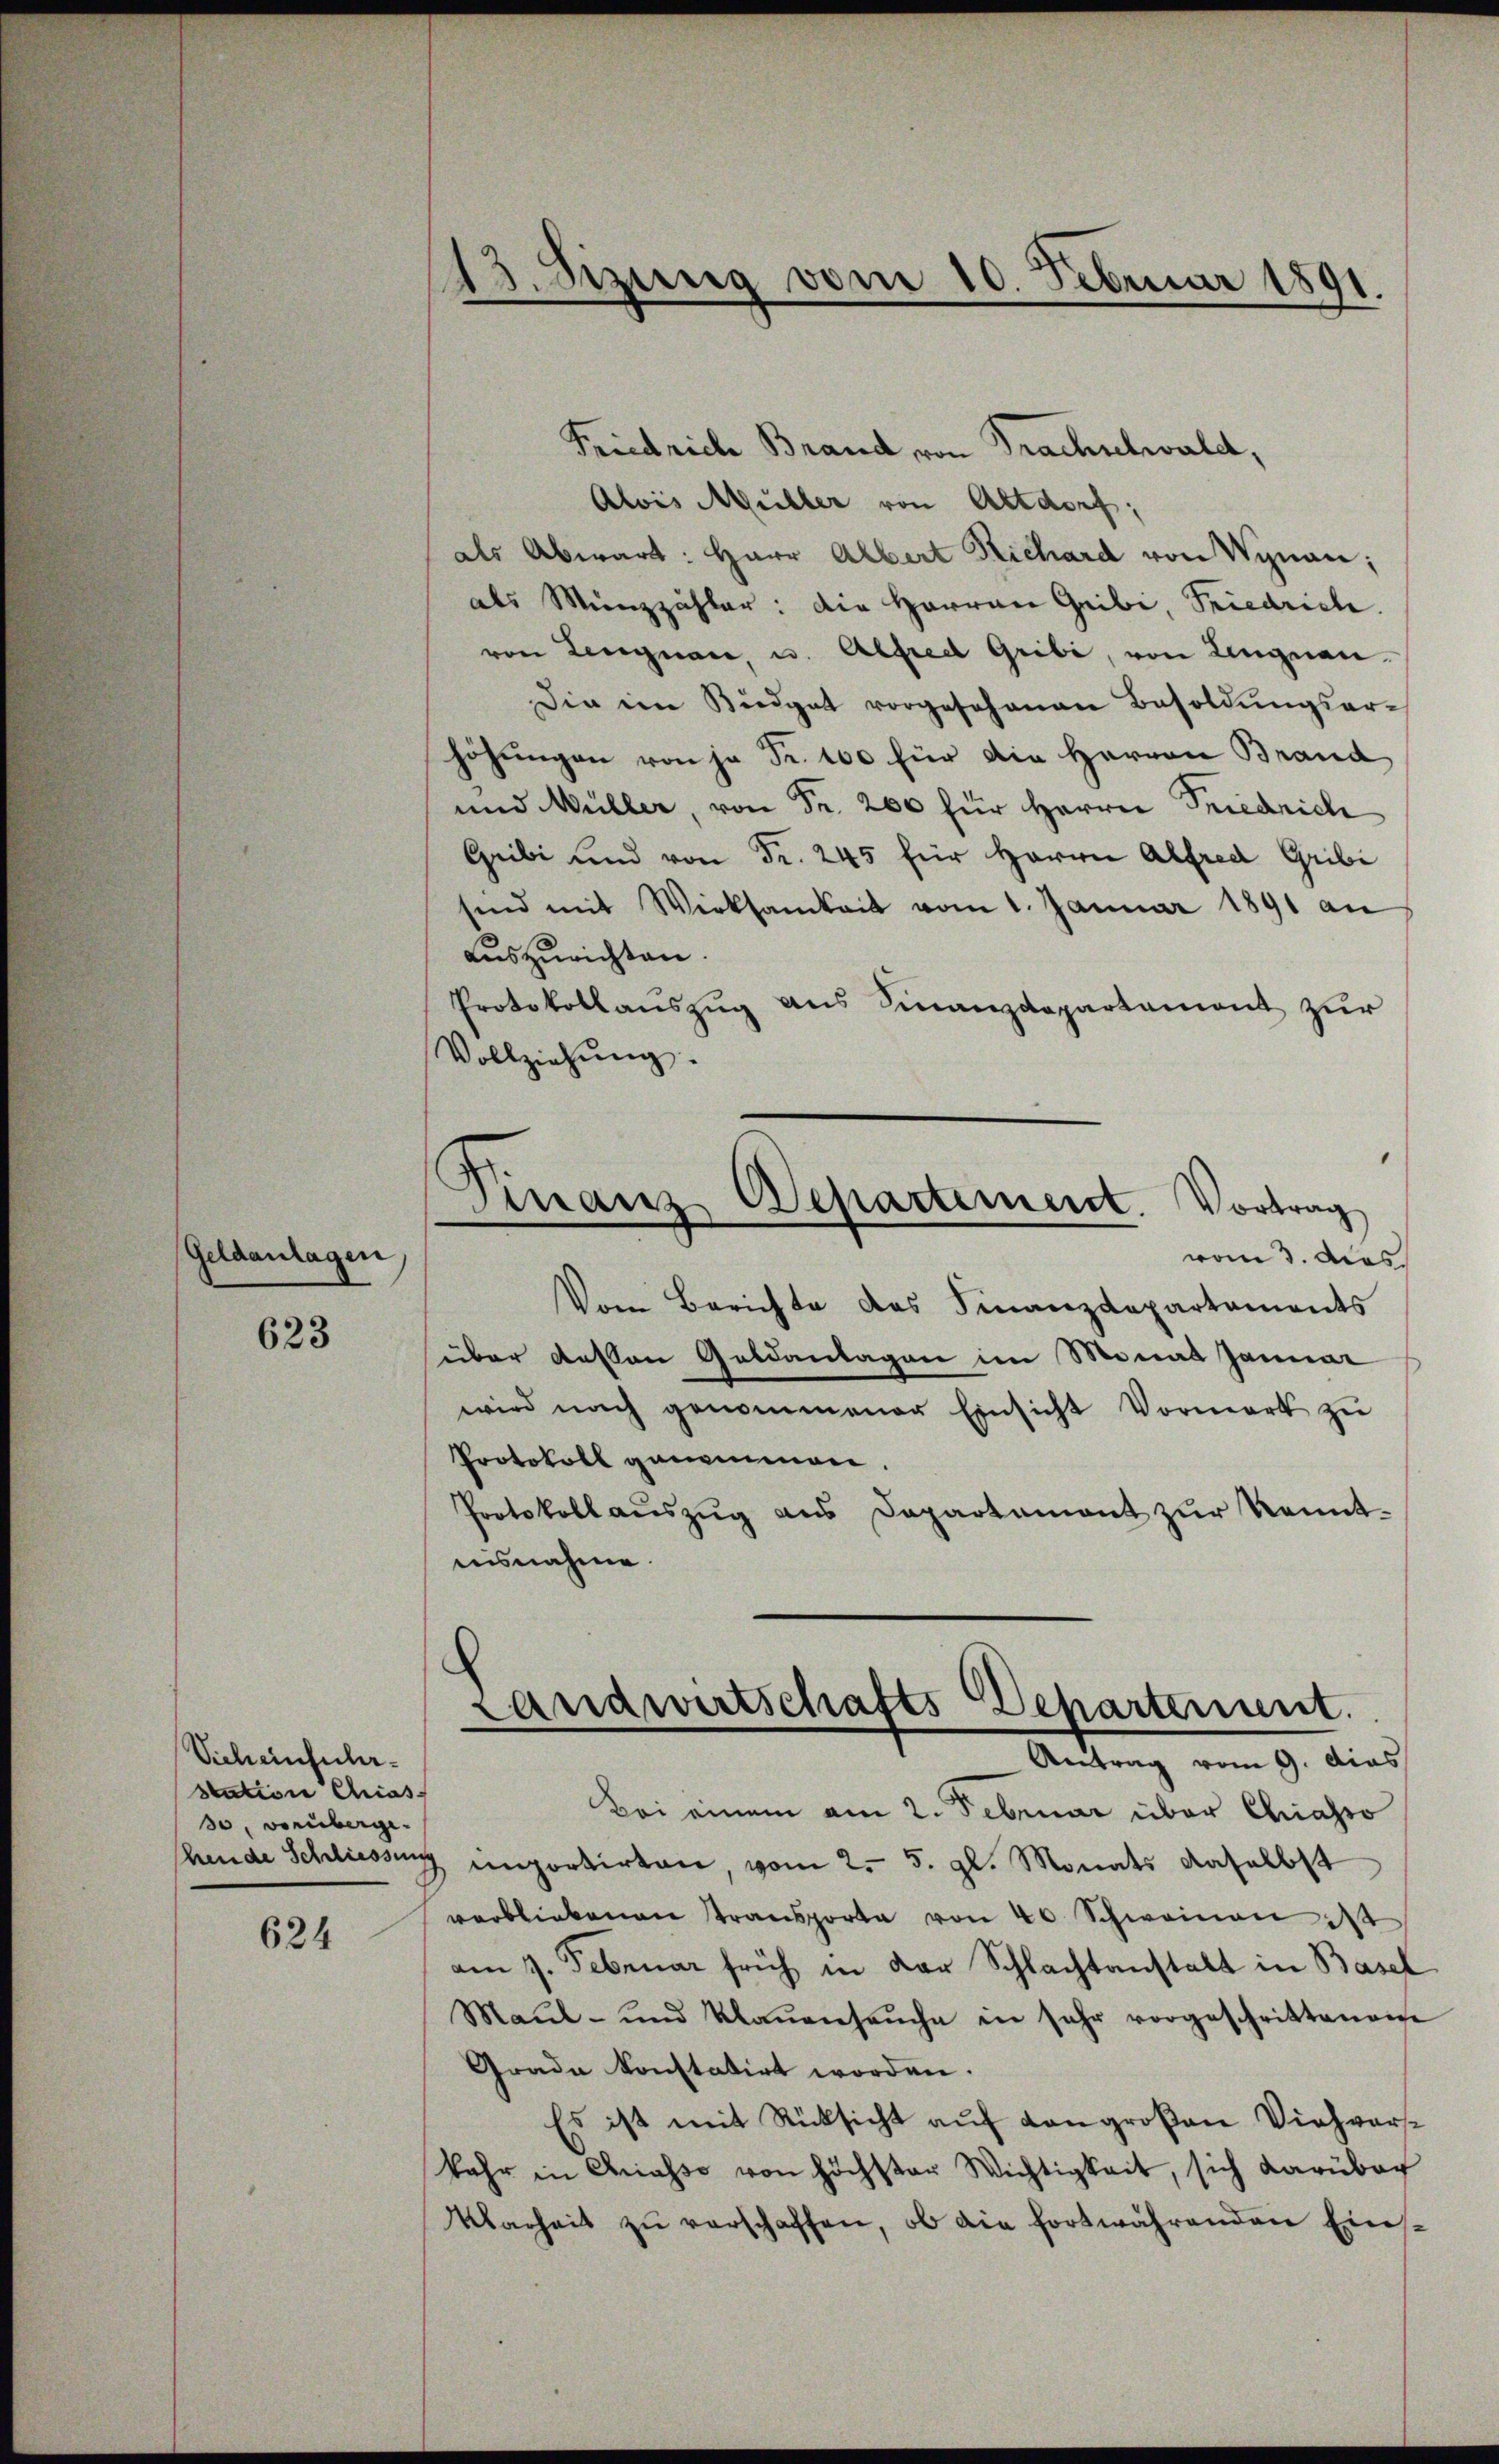
Geldanlagen,
623

Sicheinfuhrstation Chias-
so, vorüberge-

624

13. Sizung vom 10. Februar 1891.

Friedrich Brand von Trachschwald,
Alois Müller von Altdorf;
als Abwart: Herr Albert Richard von Wynau;
als Münzzähler: die Herren Gribi, Friedrich.
von Lengnau, u. Alfredl Gribi, von Lengnau.
Die im Büdget vorgesehenen Besoldŭngsar-
höhungen von je Fr. 100 für die Herren Brand
und Müller, von Fr. 200 für Herrn Friedrich
Gribi und von Fr. 245 für Herrn Alfred Gribi
sind mit Wirksamkeit vom 1. Januar 1891 an
Auszurichten.
Protokollaŭszŭg aŭs Finanzdepartament zŭr
Vollziehŭng.

Vom Berichte des Finanzdepartaments
über dessen Geldanlagen im Monat Januar
wird nach genommener Einsicht Vormerk zŭ
Protokoll genommen.
Protokoll aŭszŭg ans Departamant zŭr Kenntnisnahme.

Finanz
Departement. Vortrag
—
vom 3. das

Landwirtschafts Departement.
Antrag vom 9. dies

Bei einem am 2. Februar über Chiasso
shende Schliessung inorirten, vom 2. 5. gl. Monats daselbst
verbliebenen transporte von 40 Schweinen ist
am 7. Februar früh in der Schlachtanstalt in Basel
Maŭl- und Klaŭensaŭche in sehr vorgeschrittenen
Grade konstatirt worden.
Es ist mit Rücksicht auf Kongroßen Viehvers¬
Jahr in Chiasso von höchster Wichtigkeit, sich darüber
Warheit zŭ verschaffen, ob die fortwährenden Eins¬